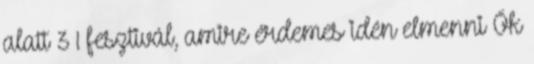
alatt 3 1 fesztivál, amire érdemes idén elmenni Ők